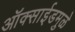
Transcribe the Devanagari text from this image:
ऑक्साईडमुळे